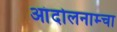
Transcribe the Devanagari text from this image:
आंदोलनाम्चा